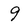
Character: 9